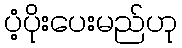
ပံ့ပိုးပေးမည်ဟု